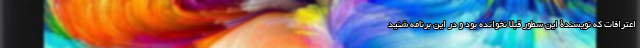
اعترافات که نویسندۀ این سطور قبلا نخوانده بود و در این برنامه شنید